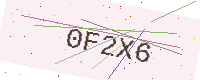
Text: 0F2X6